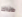
هناك